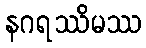
နဂရဿိမဿ